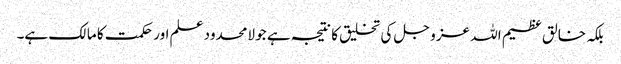
بلکہ خالق عظیم اللہ عز و جل کی تخلیق کا نتیجہ ہے جو لامحدود علم اور حکمت کا مالک ہے۔